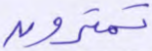
تمترون